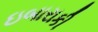
ઇબારાકી